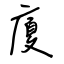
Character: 廈